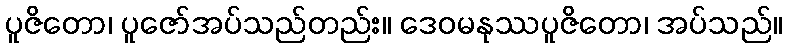
ပူဇိတော၊ ပူဇော်အပ်သည်တည်း။ ဒေဝမနုဿပူဇိတော၊ အပ်သည်။